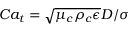
C a _ { t } = \sqrt { \mu _ { c } \rho _ { c } \epsilon } D / \sigma